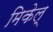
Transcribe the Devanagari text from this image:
मिकेल्